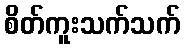
စိတ်ကူးသက်သက်